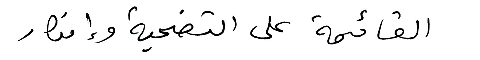
القائمة على التضحية وإنكار